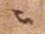
ニ